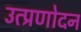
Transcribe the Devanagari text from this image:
उत्प्रणोदन